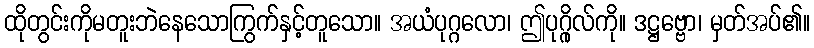
ထိုတွင်းကိုမတူးဘဲနေသောကြွက်နှင့်တူသော။ အယံပုဂ္ဂလော၊ ဤပုဂ္ဂိုလ်ကို။ ဒဋ္ဌဗ္ဗော၊ မှတ်အပ်၏။